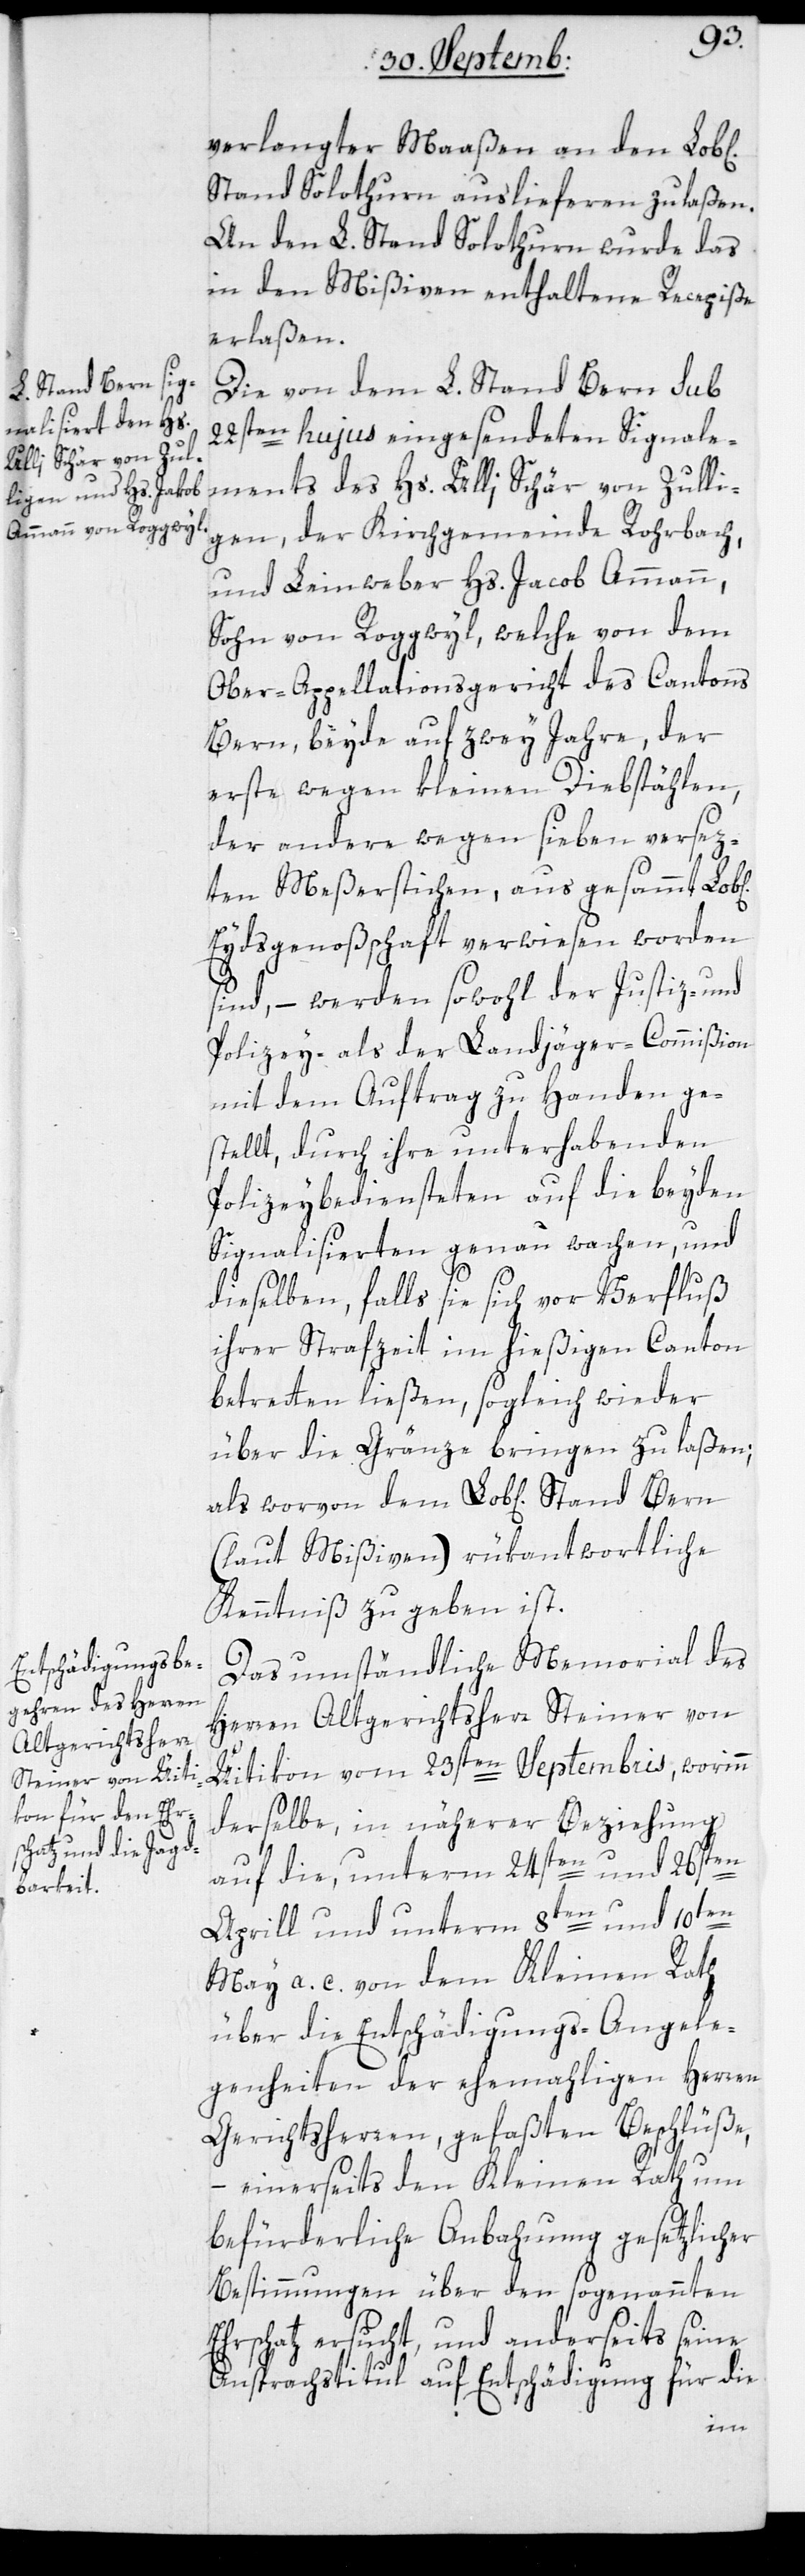
Bern
verlangter Maaßen an den Lobl[i¬
Stand Solothurn auslieferen zu laßen.
An den L. Stand Solothurn wurde das
in den Mißiven enthaltene Recepiße
erlaßen.
Die von dem L. Stand Bern sub
22sten hujus eingesendeten Signale¬
ments des Hs. Ulli Schär von Zulli¬
gen, der Kirchgemeinde Rohrbach,
und Leinweber Hs. Jacob Ammann,
Sohn von Roggwyl, welche von dem
Ober-Appellationsgericht des Cantons
Bern, beyde auf zwey Jahre, der
erste wegen kleinen Diebstählen,
der andere wegen sieben versez¬
ten Meßerstichen, aus gesammt Lob¬
Eydsgenoßschaft verwiesen worden
sind, – werden sowohl der Justiz- und
Polizey- als der Landjäger-Commißion
mit dem Auftrag zu Handen ge¬
stellt, durch ihre unterhabenden
Polizeybediensteten auf die beyden
Signalisierten genau wachen, und
dieselben, falls sie sich vor Verfluß
ihrer Strafzeit im hießigen Canton
betretten ließen, sogleich wieder
über die Gränze bringen zu laßen;
(laut Mißiven) rükantwortliche
Kenntniß zu geben ist.
Das umständliche Memorial des
Herren Altgerichtsherr Steiner von
Üitikon vom 23sten Septembris, worinn
derselbe, in näherer Beziehung
auf die, unterm 24sten und 26sten
April und unterm 8ten und 10ten
May a. c. von dem Kleinen Rath
über die Entschädigungs-Angele¬
genheiten der ehemahligen Herren
Gerichtsherren, gefaßten Beschlüße,
– einerseits den Kleinen Rath um
befürderliche Anbahnung gesetzlicher
Bestimmungen über den sogenannten
Ehrschatz ersucht, und anderseits seine
Ansprachstitul auf Entschädigung für die
dem